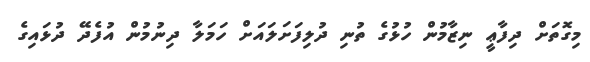
މިގޮތަށް ދިފާޢީ ނިޒާމުން ހުޅުގެ ތުނި ދުލިފަށަލައަށް ހަމަލާ ދިނުމުން އުފެދޭ ދުޅައިގެ